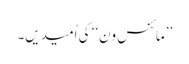
’’مائنس ون‘‘ کی اُمیدیں۔